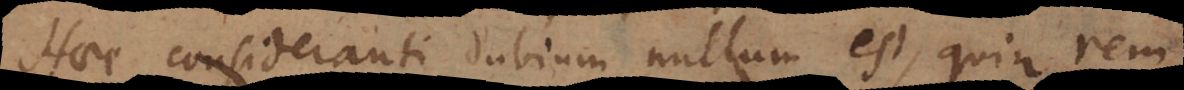
Haec consideranti dubium nullum est quin rem